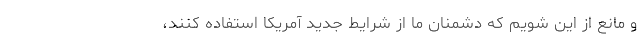
و مانع از این شویم که دشمنان ما از شرایط جدید آمریکا استفاده کنند،